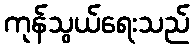
ကုန်သွယ်ရေးသည်